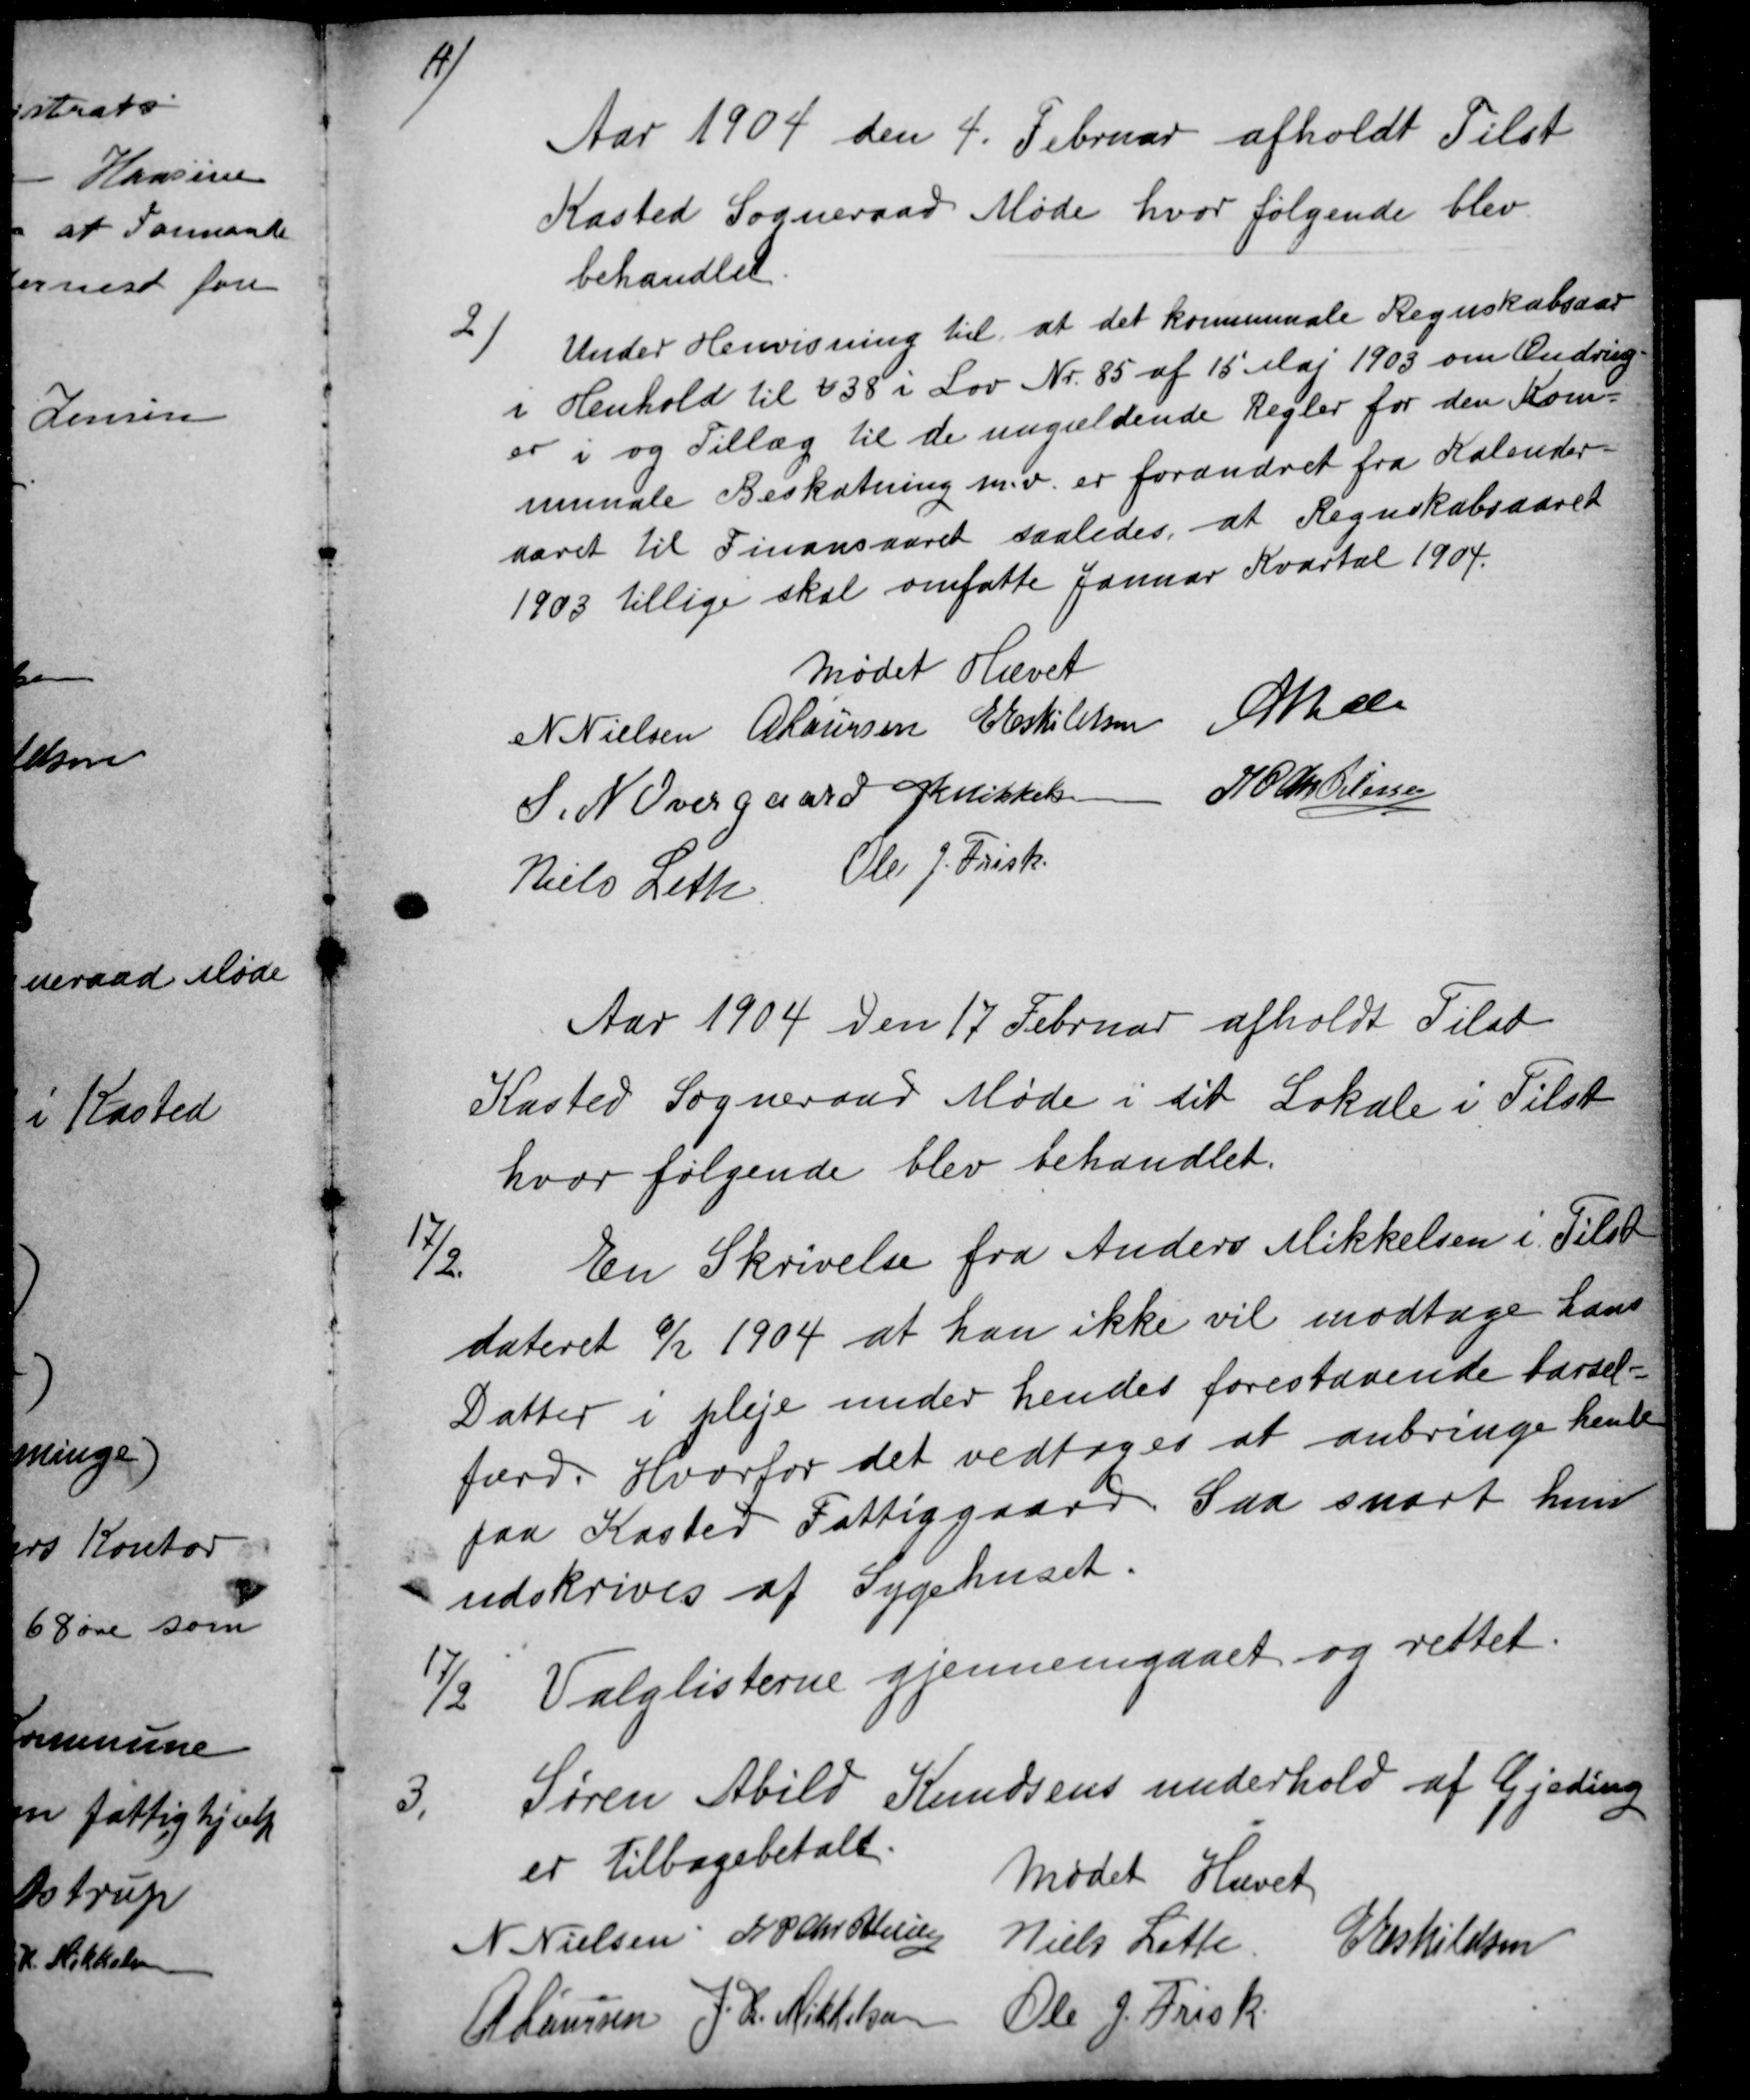
Transskription:
1)
Aar 1904 den 4. Februar afholdt Tilst
Kasted Sogneraad Møde, hvor følgende blev
behandlet
2
Under Henvisning til at det kommunale Regnskabsaar
i Henhold til § 38 i Lov Nr. 85 af 15 Maj 1903 om Ændring-
er i og Tillæg til de nugældende Regler for den Kom-
munale Beskatning m.v. er forandret fra Kalender-
aaret til Finansaaret saaledes, at Regnskabsaaret
1903 tillige skal omfatte Januar Kvartal 1904.
Mødet Hævet
N. Nielsen A Laursen E Eskildsen A Bech
S. N. Overgaard J K Mikkelsen
N P Chr Petersen 
Niels Leth
Ole J. Frisk
Aar 1904 den 17 Februar afholdt Tilst
Kasted Sogneraad Møde i det Lokale i Tilst
hvor følgende blev behandlet.
17/2.
En Skrivelse fra Anders Mikkelsen i Tilst
dateret 6/2 1904 at han ikke vil modtage hans
Datter i pleje under hendes forestaaende barsel-
færd. Hvorfor det vedtoges at anbringe hende
paa Kasted Fattiggaard Saa snart hun
udskrives af Sygehuset.
17/2
Valglisterne gjennemgaaet og rettet.
3.
Søren Abild Knudsens underhold af Gjeding
er tilbagebetalt.
Mødet Hævet
N. Nielsen N P Chr Petersen
Niels Leth
E Eskildsen
A Laursen J. K. Mikkelsen
Ole J. Frisk